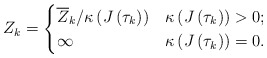
\begin{align*}Z_{k} = \begin{cases} \overline{Z}_{k} / \kappa \left( J \left( \tau_{k} \right) \right) & \kappa \left( J \left( \tau_{k} \right) \right) > 0; \\ \infty & \kappa \left( J \left( \tau_{k} \right) \right) = 0. \end{cases}\end{align*}